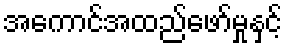
အကောင်အထည်ဖော်မှုနှင့်